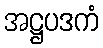
အဋ္ဌပဒကံ